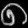
Digit: ၈